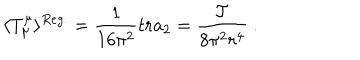
\langle T _ { \mu } ^ { \mu } \rangle ^ { R e g . } = \frac 1 { 1 6 \pi ^ { 2 } } t r a _ { 2 } = \frac { \cal { T } } { 8 \pi ^ { 2 } r ^ { 4 } } \ .